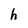
Character: h